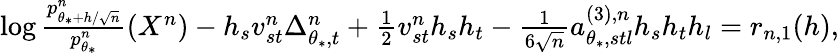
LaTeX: \begin{array}{r}{\log\frac{p_{\theta_{*}+h/\sqrt{n}}^{n}}{p_{\theta_{*}}^{n}}(X^{n})-h_{s}v_{st}^{n}\Delta_{\theta_{*},t}^{n}+\frac{1}{2}v_{st}^{n}h_{s}h_{t}-\frac{1}{6\sqrt{n}}a_{\theta_{*},stl}^{(3),n}h_{s}h_{t}h_{l}=r_{n,1}(h),}\end{array}